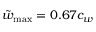
\tilde { w } _ { \mathrm { m a x } } = 0 . 6 7 c _ { w }